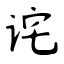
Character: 诧